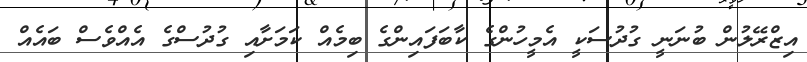
އިޒްރޭލުން ބުނަނީ ގުދުސަކީ އެމީހުންގެ ކާބަފައިންގެ ބިމެއް ކަމަށާއި ގުދުސްގެ އެއްވެސް ބައެއް